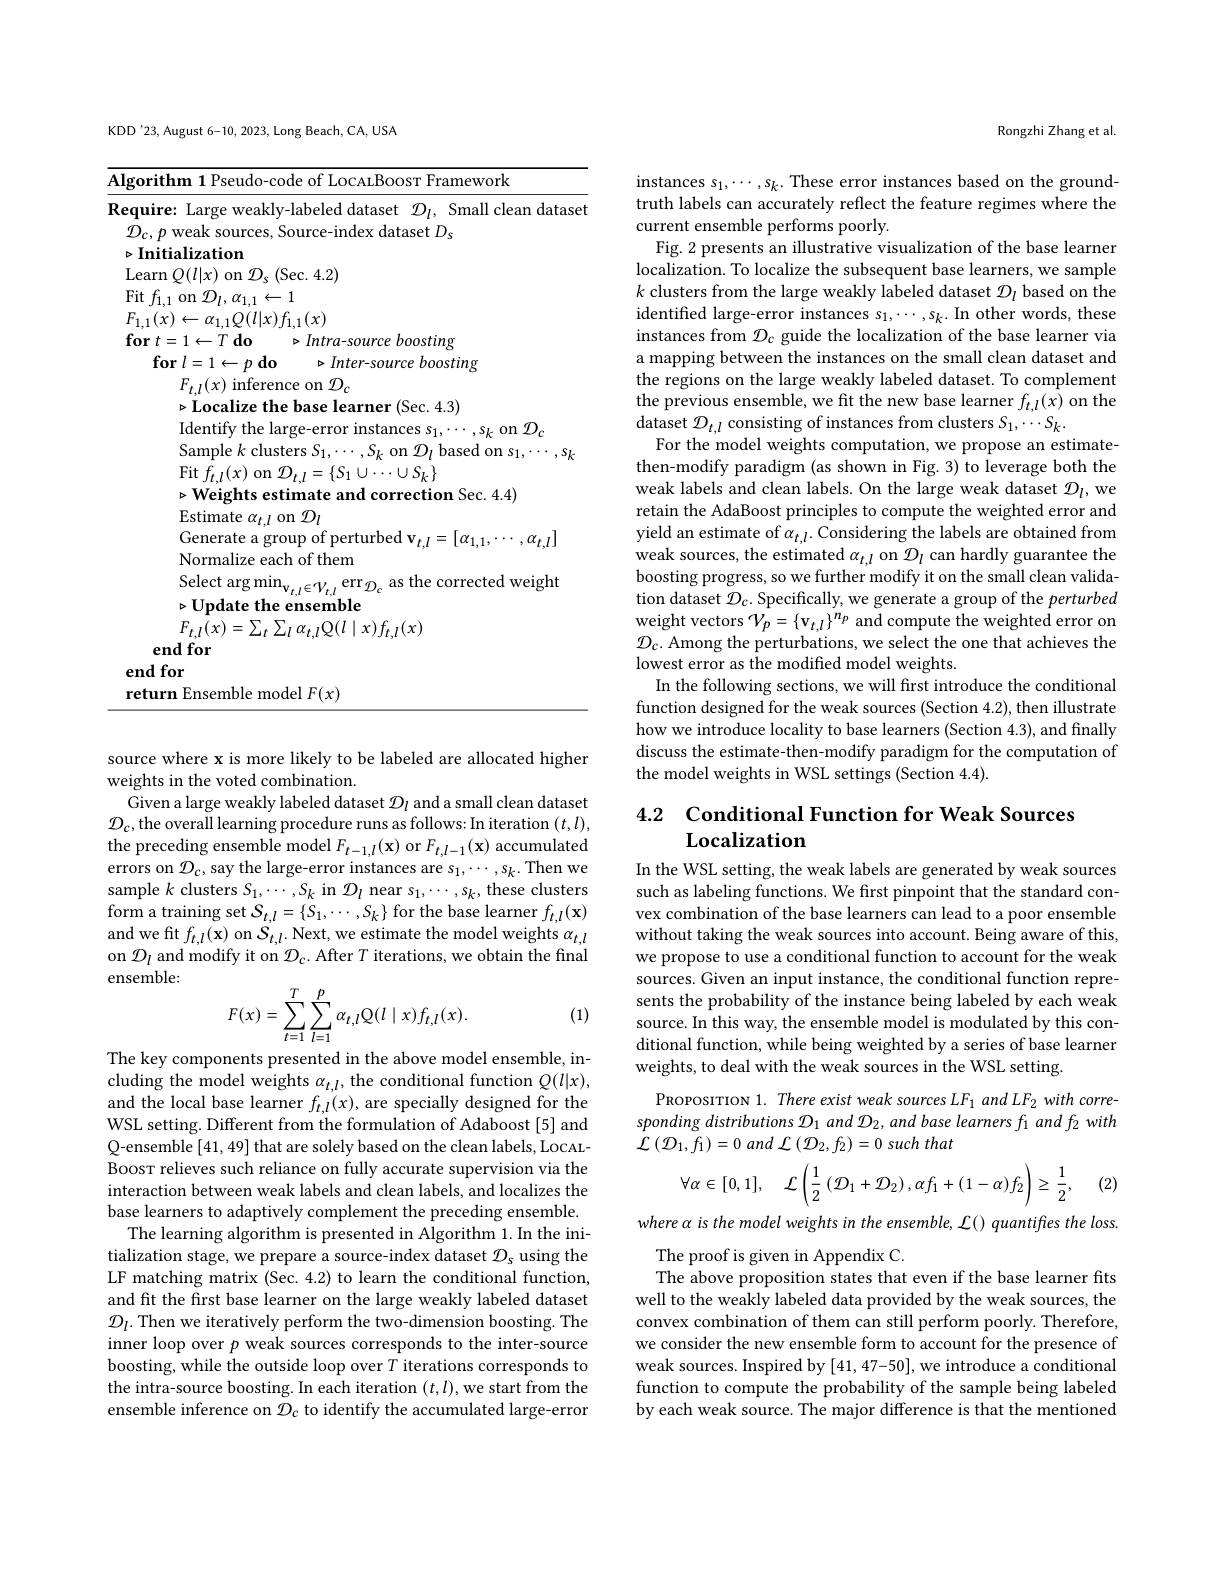
KDD'23, August 6-10, 2023, Long Beach, CA, USA

<table>
	<tbody>
		<tr>
			<td>$Al$</td>
			<td>mework thn</td>
		</tr>
		<tr>
			<td>Re</td>
			<td>ire: Large weakly-labeled dataset $\mathcal{D}_l$, Small clean dataset $p$ weak sources, Source-index dataset $D_s$ itialization 42</td>
		</tr>
		<tr>
			<td> </td>
			<td>$F_{t,l}(x)$ inference on $\mathcal{D}_c$ $\triangleright$Localize the base learner (Sec. 4.3)</td>
		</tr>
		<tr>
			<td> </td>
			<td>Sample $k$ clusters $S_1,\cdots,S_k$ on $\mathcal{D}_l$ $l$ based on $s_1,\cdots,s_k$ $\operatorname{Fit}f_{t,l}(x)$ on $\mathcal{D}_{t,l}=\{S_{1}\cup\cdots\cup S_{k}\}$ $\triangleright$Weights estimate and correction Sec. 4.4) Estimate $\alpha_{t,l}$ on $\mathcal{D}_l$</td>
		</tr>
		<tr>
			<td> </td>
			<td>$wt, l$ $v$ Generate a group of perturbed $\mathbf{v}_{t,l}=[\alpha_{1,1},\cdots,\alpha_{t,l}]$ $NI_{c}$</td>
		</tr>
		<tr>
			<td> </td>
			<td>hl$\epsilon$ ${\mathrm{model~}}F(x)$</td>
		</tr>
	</tbody>
</table>

source where x is more likely to be labeled are allocated higher
weights in the voted combination.
Given a large weakly labeled dataset $\mathcal{D}_l$ and a small clean dataset $\mathcal{D}_{c}$,the overall learning procedure runs as follows: In iteration $(t,l)$, the preceding ensemble model $F_t-1,l(\mathbf{x})$ or $F_{t,l-1}(\mathbf{x})$ accumulated errors on $\mathcal{D}_{c}$,say the large-error instances are $s_1,\cdots,s_k.$Then we sample $k$ clusters $S_1,\cdots,S_{k}$ in $\mathcal{D}_l$ near $s_1,\cdots,s_k$,these clusters form a training set $S_t,l=\{S_1,\cdots,S_k\}$ for the base learner $f_t,l(\mathbf{x})$ and we fit $f_{t,l}(\mathbf{x})$ on $S_{t,l}.$ Next, we estimate the model weights $\alpha_{t,l}$ on $\mathcal{D}_l$ and modify it on $\mathcal{D}_c.$ After $T$ iterations, we obtain the final ensemble:
$$F(x)=\sum\limits_{t=1}^T\sum\limits_{l=1}^p\alpha_{t,l}\mathbb{Q}(l\mid x)f_{t,l}(x).$$
(1)

The key components presented in the above model ensemble, including the model weights $\alpha_{t,l}$, the conditional function $Q(l|x)$, and the local base learner $f_{t,l}(x)$, are specially designed for the WSL setting. Different from the formulation of Adaboost [5] and Q-ensemble [41,49] that are solely based on the clean labels, LocALBoosr relieves such reliance on fully accurate supervision via the interaction between weak labels and clean labels, and localizes the base learners to adaptively complement the preceding ensemble.
The learning algorithm is presented in Algorithm 1. In the initialization stage, we prepare a source-index dataset $\mathcal{D}_s$ using the LF matching matrix (Sec. 4.2) to learn the conditional function, and fit the first base learner on the large weakly labeled dataset $\mathcal{D}_l.$ Then we iteratively perform the two-dimension boosting. The inner loop over $p$ weak sources corresponds to the inter-source boosting, while the outside loop over $T$ iterations corresponds to the intra-source boosting. In each iteration $(t,l)$,we start from the ensemble inference on $\mathcal{D}_c$ to identify the accumulated large-error

Rongzhi Zhang et al.

instances $s_1,\cdots,s_k.$ These error instances based on the groundtruth labels can accurately reflect the feature regimes where the current ensemble performs poorly.
Fig. 2 presents an illustrative visualization of the base learner localization. To localize the subsequent base learners, we sample $k$ clusters from the large weakly labeled dataset $\mathcal{D}_l$ based on the identified large-error instances $s_1,\cdots,s_k.$ In other words, these instances from $\mathcal{D}_c$ guide the localization of the base learner via a mapping between the instances on the small clean dataset and the regions on the large weakly labeled dataset. To complement the previous ensemble, we fit the new base learner $f_{t,l}(x)$ on the dataset $\mathcal{D}_t,l$ consisting of instances from clusters $S_1,\cdots S_k.$
For the model weights computation, we propose an estimatethen-modify paradigm (as shown in Fig. 3) to leverage both the weak labels and clean labels. On the large weak dataset $\mathcal{D}_l$, we retain the AdaBoost principles to compute the weighted error and yield an estimate of $\dot\alpha_{t,l}.$ Considering the labels are obtained from weak sources, the estimated $\alpha_t,l$ on $\mathcal{D}_l$ can hardly guarantee the boosting progress, so we further modify it on the small clean validation dataset $\mathcal{D}_c.$ Specifically, we generate a group of the perturbed weight vectors $\mathcal{V}_p=\{\mathbf{v}_{t,l}\}^{n_p}$ and compute the weighted error on $\mathcal{D}_{\mathrm{c.~Among~the~perturbations,~we~select~the~one~that~achieves~the}}$ lowest error as the modified model weights.
In the following sections, we will frst introduce the conditional function designed for the weak sources (Section 4.2), then illustrate how we introduce locality to base learners (Section 4.3), and finally discuss the estimate-then-modify paradigm for the computation of the model weights in WSL settings (Section 4.4).

## 4.2 Conditional Function for Weak Sources Localization

In the WSL setting, the weak labels are generated by weak sources such as labeling functions. We first pinpoint that the standard convex combination of the base learners can lead to a poor ensemble without taking the weak sources into account. Being aware of this, we propose to use a conditional function to account for the weak sources. Given an input instance, the conditional function represents the probability of the instance being labeled by each weak source. In this way, the ensemble model is modulated by this conditional function, while being weighted by a series of base learner weights, to deal with the weak sources in the WSL setting.

PROPOSITION 1. There exist weak sources LF1 and LF2 with corresponding distributions $\mathcal{D}_1$ and $\mathcal{D}_2$, and base learners fi and f2 with ${\mathcal{L}}\left({\mathcal{D}}_{1},f_{1}\right)=0$ and ${\mathcal{L}}\left({\mathcal{D}}_{2},f_{2}\right)=0$ such that
$$\forall\alpha\in[0,1],\quad\mathcal{L}\left(\frac{1}{2}\left(\mathcal{D}_{1}+\mathcal{D}_{2}\right),\alpha f_{1}+(1-\alpha)f_{2}\right)\geq\frac{1}{2},$$
where $\alpha$ is the model weights in the ensemble, L() quantifies the loss.

(2)

The proof is given in Appendix C.
The above proposition states that even if the base learner fits well to the weakly labeled data provided by the weak sources, the convex combination of them can still perform poorly. Therefore, we consider the new ensemble form to account for the presence of weak sources. Inspired by [41,47-50], we introduce a conditional function to compute the probability of the sample being labeled by each weak source. The major difference is that the mentioned